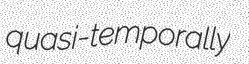
quasi-temporally